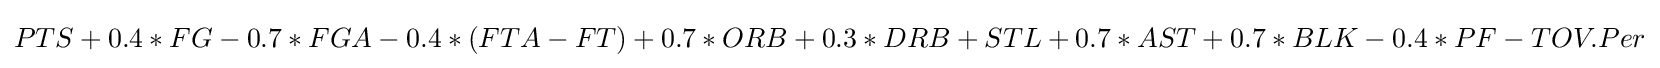
PTS+0.4*FG-0.7*FGA-0.4*(FTA-FT)+0.7*ORB+0.3*DRB+STL+0.7*AST+0.7*BLK-0.4*PF-TOV.Per